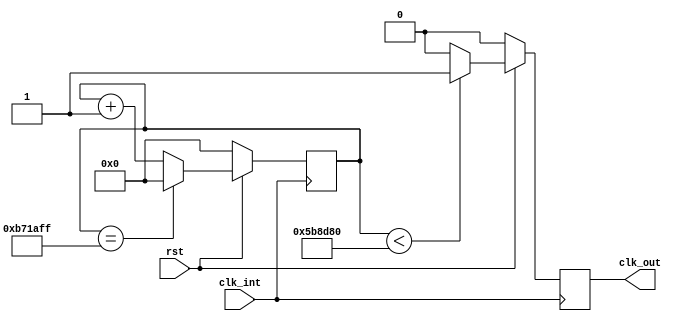
module clk_div (
    input       rst, clk_int,
    output reg  clk_out
);

parameter CLK_DIV_PERIOD = 12_000_000; // default 1Hz from 12Mhz input

reg [24:0] cnt = 0;

always 
    @(posedge clk_int) begin
        if(rst == 0) begin
            cnt <= 0;
            clk_out <= 0;
        end else begin
            if(cnt == (CLK_DIV_PERIOD - 1)) begin
                cnt <= 0;
            end else begin
                cnt <= cnt + 1;
            end

            if(cnt < (CLK_DIV_PERIOD>>1)) begin
                clk_out <= 1;
            end else begin
                clk_out <= 0;
            end
        end
    end
endmodule


module clk_1s (
    input rst, clk_in,
    output clk_out
);
    clk_div #(12_000_000)  m_clk_div_1s (rst, clk_in, clk_out);
endmodule


module clk_1ms (
    input rst, clk_in,
    output clk_out
);
    clk_div #(12_000)  m_clk_div_1ms (rst, clk_in, clk_out);
endmodule


module clk_1us (
    input rst, clk_in,
    output clk_out
);
    clk_div #(12)  m_clk_div_1us (rst, clk_in, clk_out);
endmodule